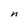
Character: n